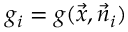
g _ { i } = g ( \vec { x } , \vec { n } _ { i } )